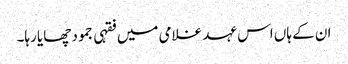
ان کے ہاں اس عہد غلامی میں فقہی جمود چھایا رہا۔